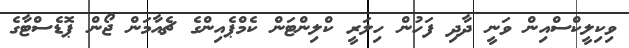
ވިކިލީކްސްއިން ވަނީ ދާދި ފަހުން ހިލަރީ ކްލިންޓަން ކެމްޕެއިންގެ ޗެއާމަން ޖޯން ޕޮޑެސްޓާގެ